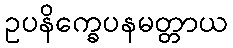
ဥပနိက္ခေပနမတ္တာယ